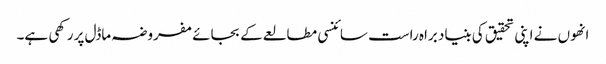
انھوں نے اپنی تحقیق کی بنیاد براہ راست سائنسی مطالعے کے بجائے مفروضہ ماڈل پر رکھی ہے۔